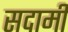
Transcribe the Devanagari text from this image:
सदामी